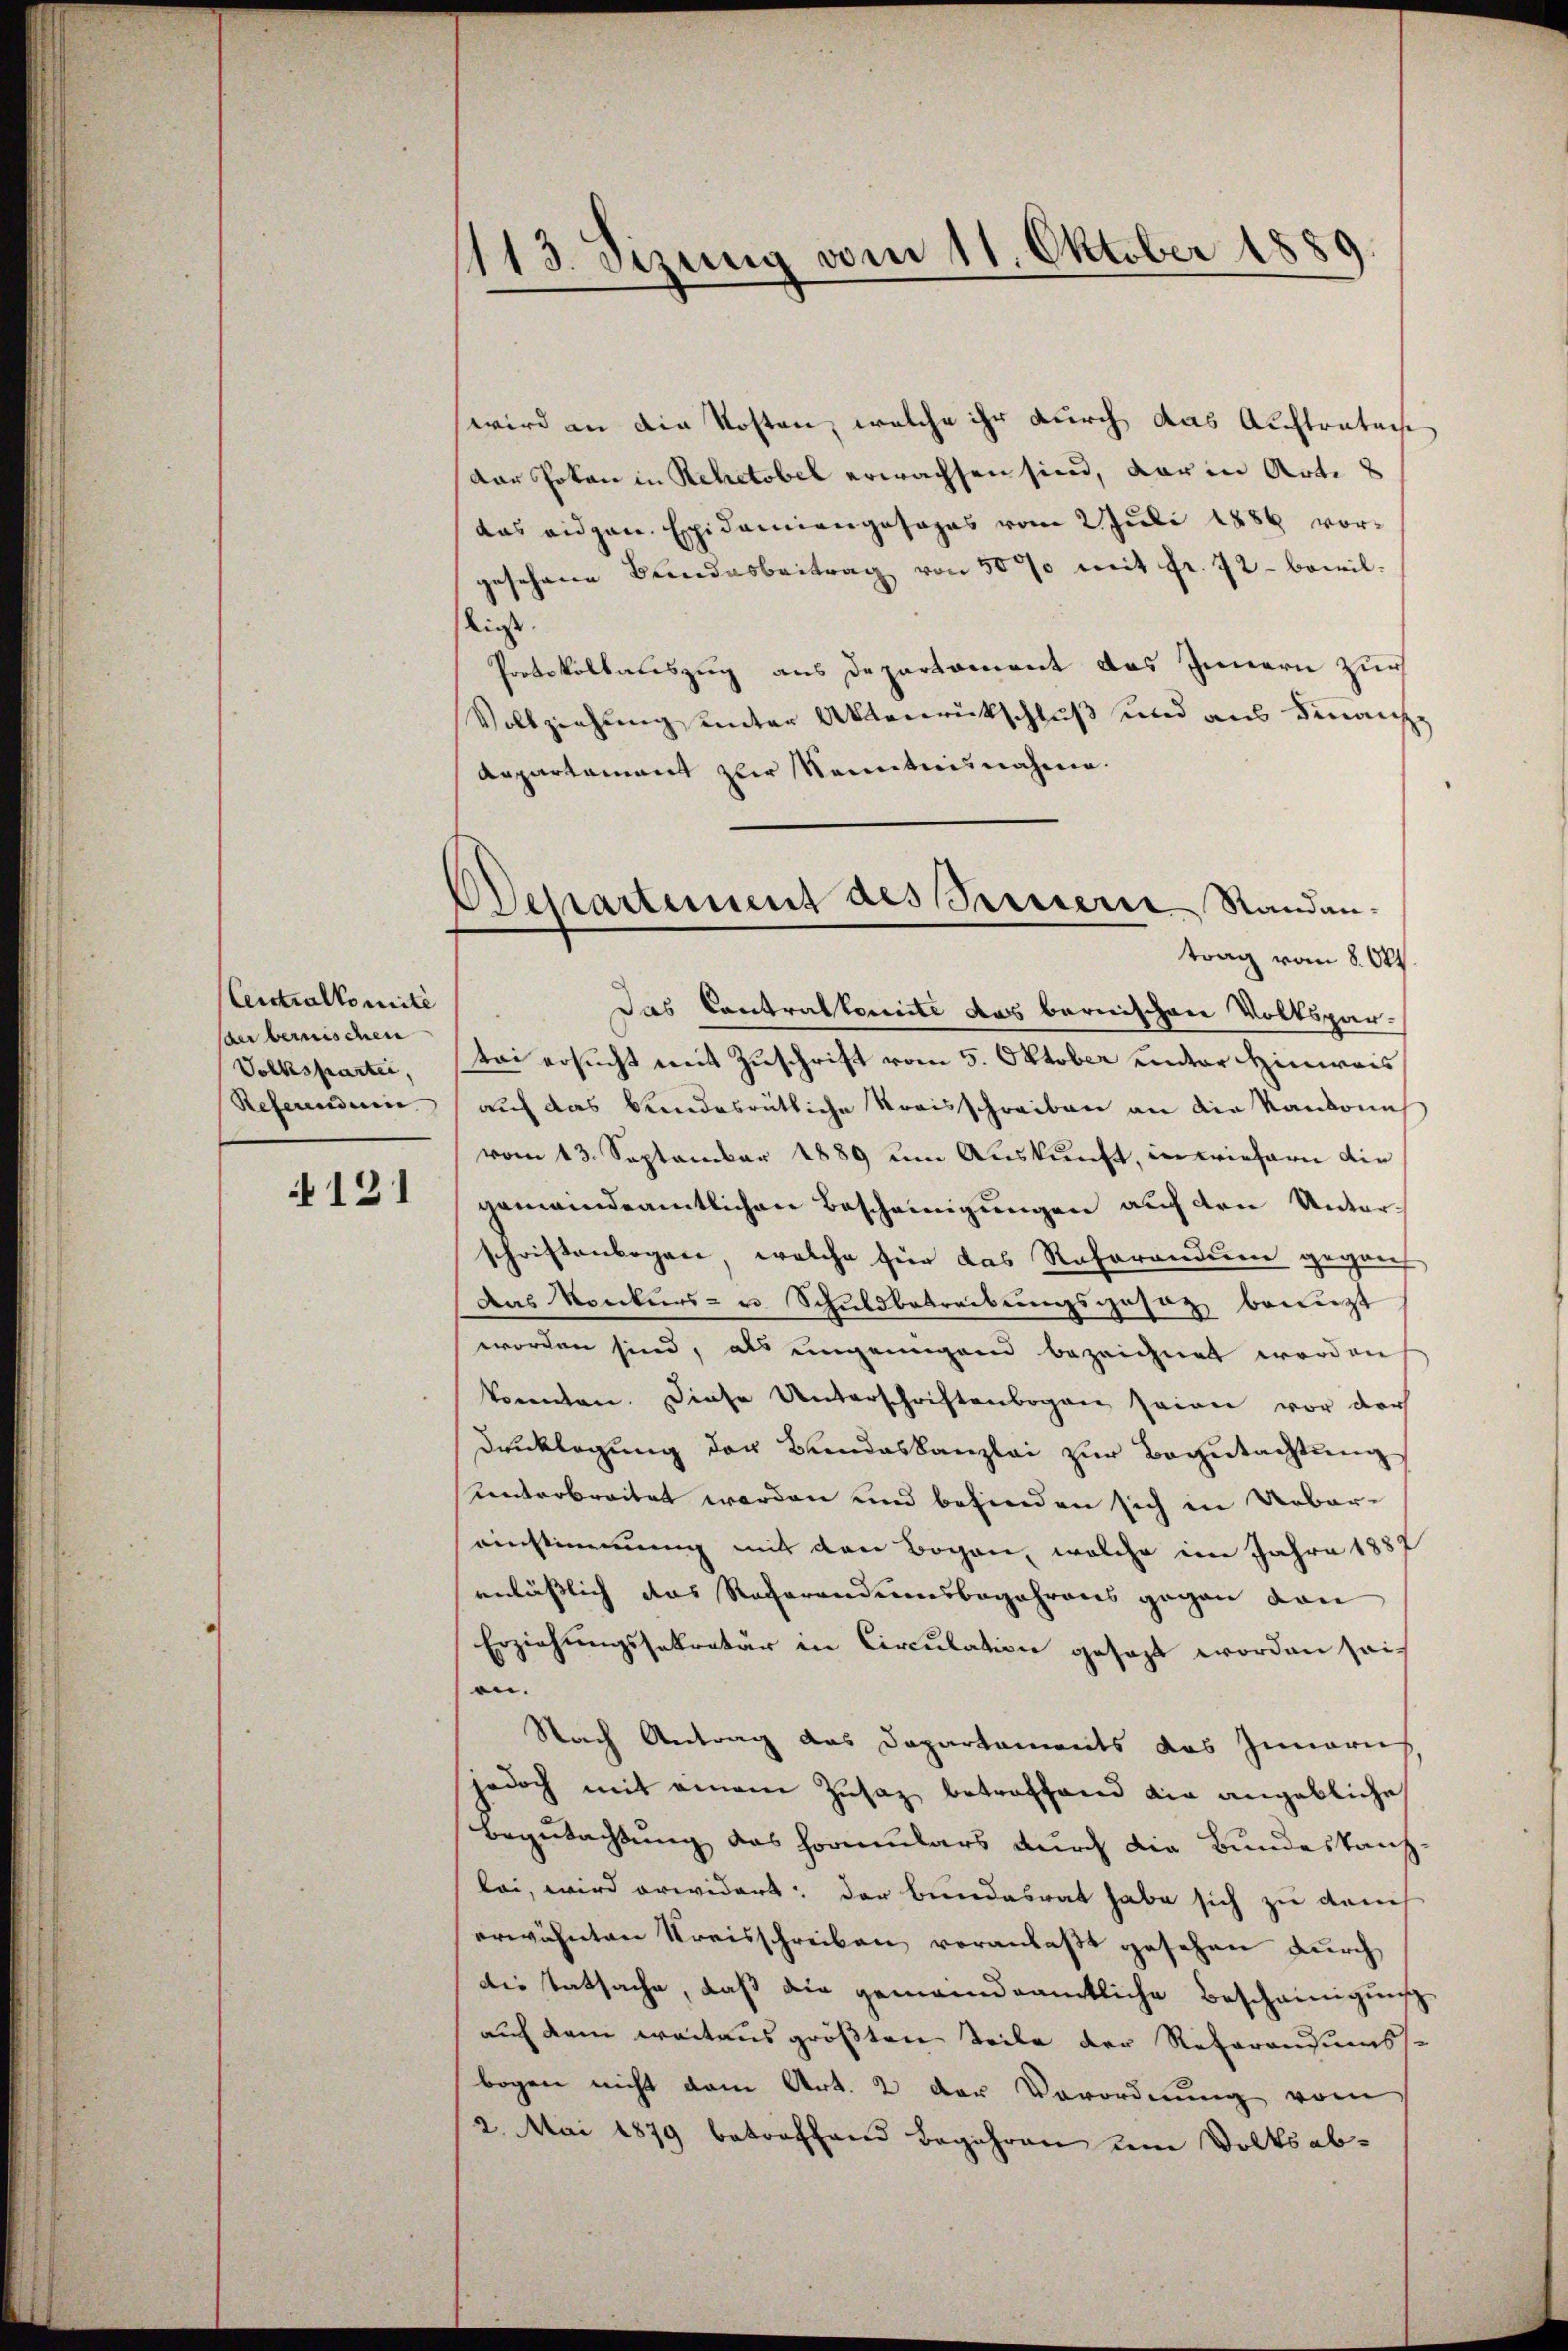
Centralkomite
der berischen
Volkspartei,
Referenden.

121

113. Sizung vom 11. Oktober 1889

wird an die Kosten, welche ihr durch das Auftratoche
Dar Poten in Rehetobel erwachsen sind, dar in Art. 2
das eidgen. Epidemiengesages vom 2. Juli 1886 vorgesehene Beendesbeitrag von 50 mit Fr. 72 - bewilliess.
Protokollatiszug aus Departement das Innern zur
Vollziehung unter Aktenrückschluß und aus Finanze
Aepartament zur Kenntnisnahme.
Das Contralkomite das bernischen Volkspar-
tei ersucht mit Zuschrift vom 5. Oktober unter Hinweis
auf das bundesrätliche Kreisschreiben an die Randonn
vom 13. September 1889 um Auskunft, in Briefern die
gemeindeamtlichen Bescheinigungen auf den Unterschriftenbogen, welche für das Referandum gegens
Das Konkurs- u. Schuldbetreibungsgesatz benuzt
worden sind, als eingenügend bezeichnet worden
konnten. Diese Unterschriftenbogen seien vor der
Drucklegung der Bundeskanzlei zur Begutachtung
unterbreitet worden und befinden sich in Uebereinstimmung mit den Bogen, welche im Jahre 1887
anlässlich das Referendensbegehrens gegen von
Erziehungssekretär in Circulation gesagt worden seien.
Nach Antrag das Departements das Innern
jedoch mit einem Zusaz betroffend die angebliche
Begutachtung das Formulars durch die Bundeskanz
bei, wird erwidert: der bundesrat habe sich zu dem
erwähnten Kreisschreiben veranlaßt gesehen durch
die Tatsache, daß die gemeindeamtliche Bescheinigung
auf dem weitaus größten Teile der Reparandumss
bogen nicht vom Art. 2 der Vorordnung vom
2. Mai 1879 betreffend Begehren um Volksab¬

Departement des Seinern Randantrag vom 8. Okt.